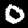
Label: 0